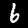
Digit: 6